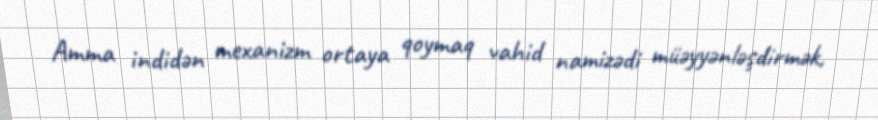
Amma indidən mexanizm ortaya qoymaq vahid namizədi müəyyənləşdirmək,